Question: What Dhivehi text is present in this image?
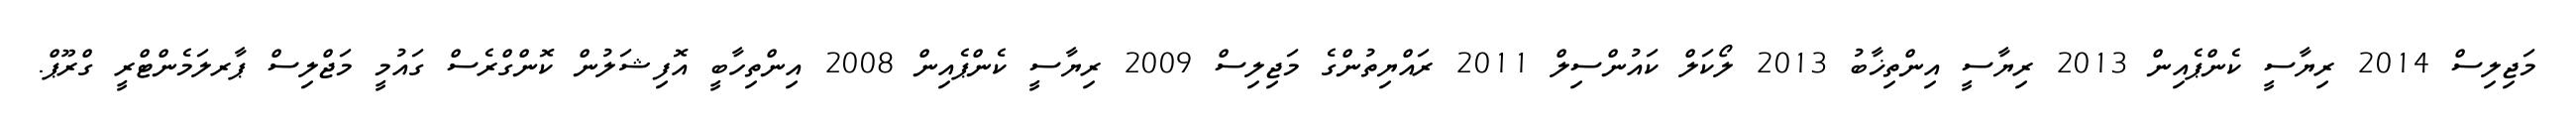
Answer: މަޖިލިސް 2014 ރިޔާސީ ކެންޕެއިން 2013 ރިޔާސީ އިންތިޚާބު 2013 ލޯކަލް ކައުންސިލް 2011 ރައްޔިތުންގެ މަޖިލިސް 2009 ރިޔާސީ ކެންޕެއިން 2008 އިންތިހާބީ އޮފިޝަލުން ކޮންގްރެސް ގައުމީ މަޖްލިސް ޕާރލަމެންޓްރީ ގްރޫޕް.